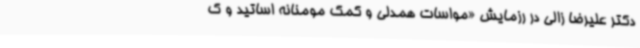
دکتر علیرضا زالی در رزمایش «مواسات همدلی و کمک مومنانه اساتید و ک